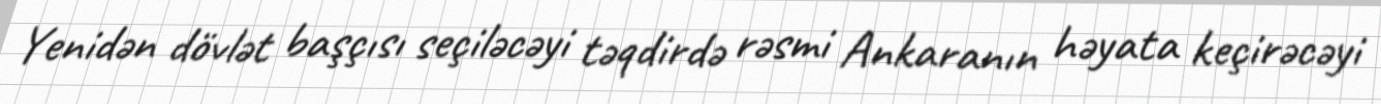
Yenidən dövlət başçısı seçiləcəyi təqdirdə rəsmi Ankaranın həyata keçirəcəyi